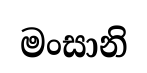
මංසානි